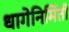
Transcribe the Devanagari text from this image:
धागेनिर्मिती